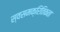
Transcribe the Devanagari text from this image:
स्वसमक्रितिकता